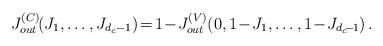
LaTeX: \begin{align*}J_{out}^{(C)}\!(J_{1},\ldots,J_{d_c-1})\! =\! 1\!-\!J_{out}^{(V)}\!\left (0,1\!-\!J_{1},\ldots,1\!-\!J_{d_c\!-\!1}\right ).\end{align*}